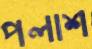
পলাশ